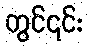
တွင်၎င်း